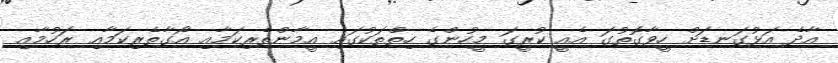
އާދެ އަޅުގަނޑަށް ހީވާގޮތުގަ އެއީ ކުރީގަ މީހުންގެ ހިތްތަކުގައި އީމާންތެރިކަމާއި އޯގާތެރިކަމާއި ރަހުމާއި